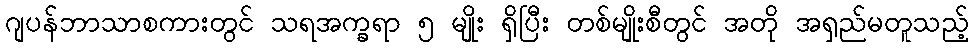
ဂျပန်ဘာသာစကားတွင် သရအက္ခရာ ၅ မျိုး ရှိပြီး တစ်မျိုးစီတွင် အတို အရှည်မတူသည့်